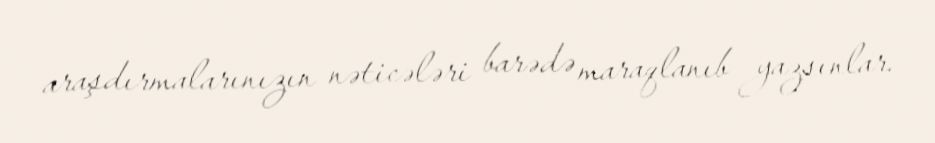
araşdırmalarınızın nəticələri barədə maraqlanıb yazsınlar.